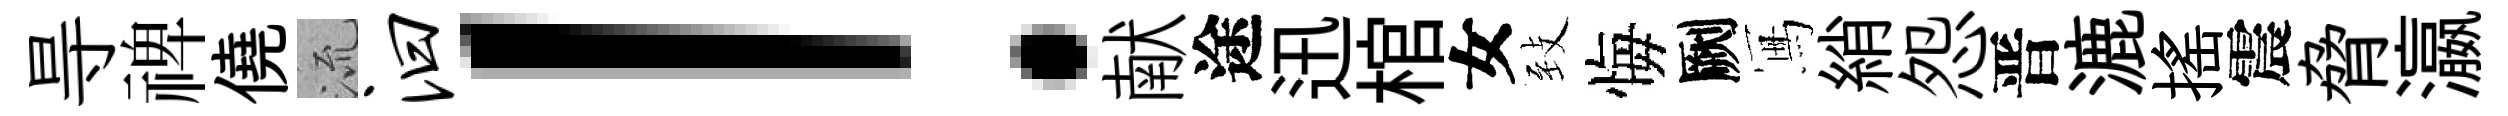
㝵禆僥𣴑汩！献途迅棺女𦤺悔劂冩綃怨晋漉摇震脅瀛